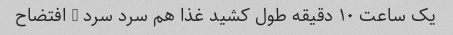
یک ساعت ۱۰ دقیقه طول کشید غذا هم سرد سرد … افتضاح